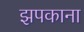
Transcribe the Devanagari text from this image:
झपकाना